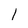
Character: 1